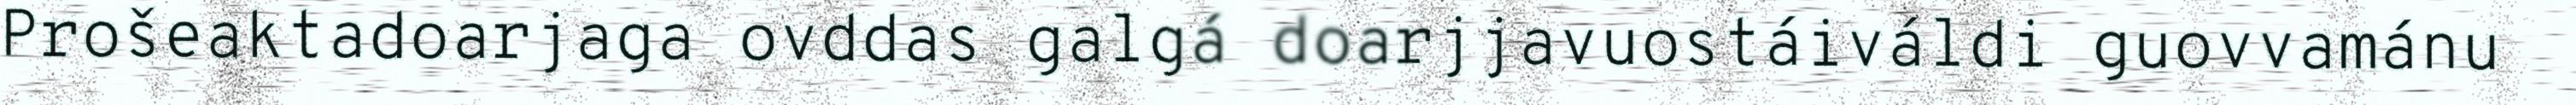
Prošeaktadoarjaga ovddas galgá doarjjavuostáiváldi guovvamánu